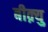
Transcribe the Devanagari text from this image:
बीक़्यु